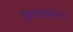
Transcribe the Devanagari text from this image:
कृतज्ञतापूर्वकपणे